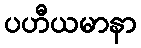
ပဟီယမာနာ